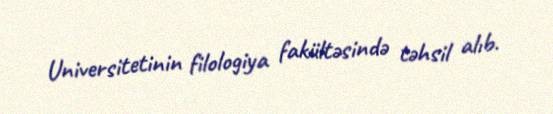
Universitetinin filologiya fakültəsində təhsil alıb.